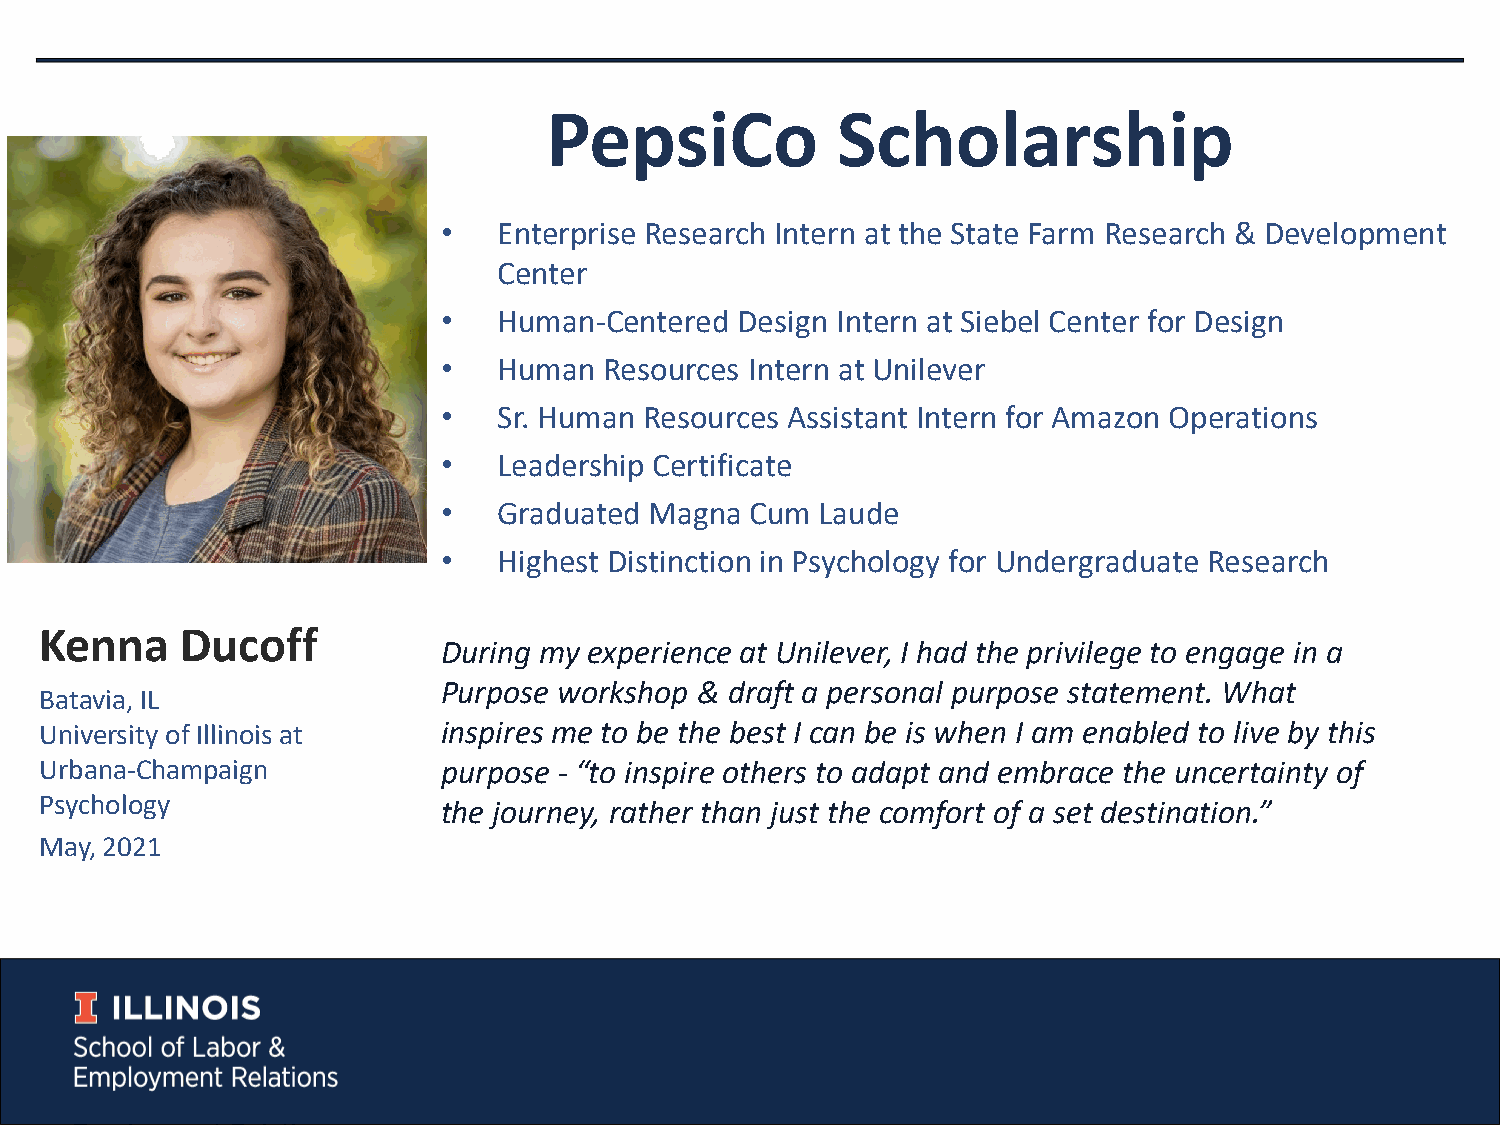
PepsiCo            Scholarship
 •   Enterprise Research Intern at the State Farm Research & Development
 Center
 •   Human-Centered  Design Intern at Siebel Center for Design
 •   Human  Resources Intern at Unilever
 •   Sr. Human Resources Assistant Intern for Amazon Operations
 •   Leadership Certificate
 •   Graduated Magna  Cum Laude
 •   Highest Distinction in Psychology for Undergraduate Research
 Kenna    Ducoff
 During my experience at Unilever, I had the privilege to engage in a
 Purpose workshop & draft a personal purpose statement. What
 Batavia, IL
 University of Illinois at inspires me to be the best I can be is when I am enabled to live by this
 Urbana-Champaign          purpose - “to inspire others to adapt and embrace the uncertainty of
 Psychology                the journey, rather than just the comfort of a set destination.”
 May, 2021